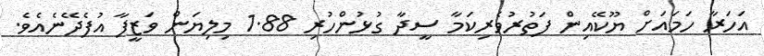
އަހަރާ ހަމައަށް ޔޫކޭއިން ފަތުރުވެރިކަމާ ސީދާ ގުޅުންހުރި 1.88 މިލިޔަން ވަޒީފާ އުފެދޭނެއެވެ.